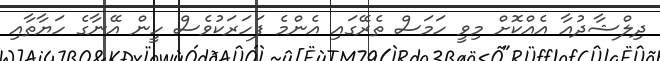
ދިލްޝާދުއާ އެއްކޮށް މިވީ ހަމަސް ތެރޭގައި އެންމެ ފަހަރަކުވެސް ހީން އޭނާގެ ހަޔާތާއި